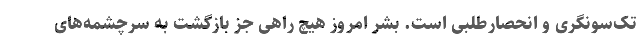
تک‌سونگری و انحصارطلبی است. بشر امروز هیچ راهی جز بازگشت به سرچشمه‌های